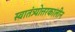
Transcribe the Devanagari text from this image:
स्वातंत्र्योत्तरकालीन